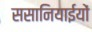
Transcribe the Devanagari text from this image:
ससानियाईयों